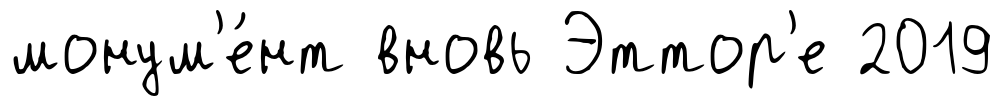
монум'е́нт вновь Эттор'е 2019